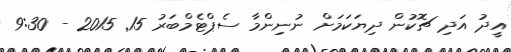
އީދު އަދި ޗޮކުން ދިޔަކަމަށް ނުނިންމާ ސެޕްޓެމްބަރު 15